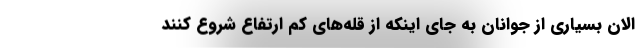
الان بسیاری از جوانان به جای اینکه از قله‌های کم ارتفاع شروع کنند